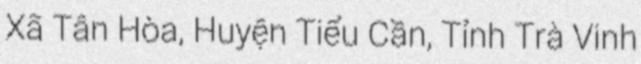
Xã Tân Hòa, Huyện Tiểu Cần, Tỉnh Trà Vinh